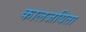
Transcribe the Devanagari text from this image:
कालजयिता